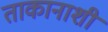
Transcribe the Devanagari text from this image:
ताकानाशी